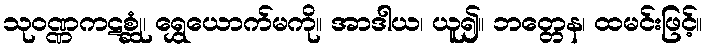
သုဝဏ္ဏကဋစ္ဆုံ၊ ရွှေယောက်မကို။ အာဒါယ၊ ယူ၍။ ဘတ္တေန၊ ထမင်းဖြင့်။